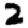
Digit: 2